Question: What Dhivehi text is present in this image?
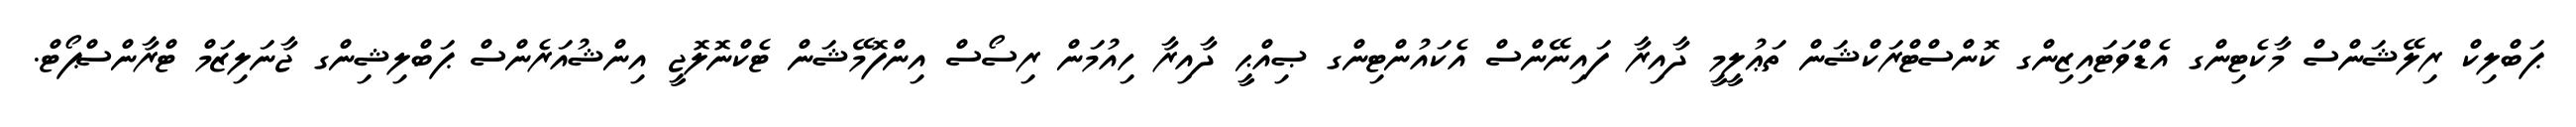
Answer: ޕަބްލިކް ރިލޭޝަންސް މާކެޓިންގ އެޑްވަޓައިޒިންގ ކޮންސްޓްރަކްޝަން ތަޢުލީމީ ދާއިރާ ފައިނޭންސް އެކައުންޓިންގ ޞިއްޙީ ދާއިރާ ހިއުމަން ރިސޯސް އިންފޮމޭޝަން ޓެކްނޮލޮޖީ އިންޝުއަރެންސް ޕަބްލިޝިންގ ޖާނަލިޒަމް ޓްރާންސްޕޯޓް.